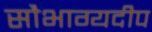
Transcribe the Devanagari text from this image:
सौभाग्यदीप